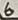
Text: 6